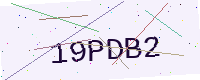
Text: 19PDB2